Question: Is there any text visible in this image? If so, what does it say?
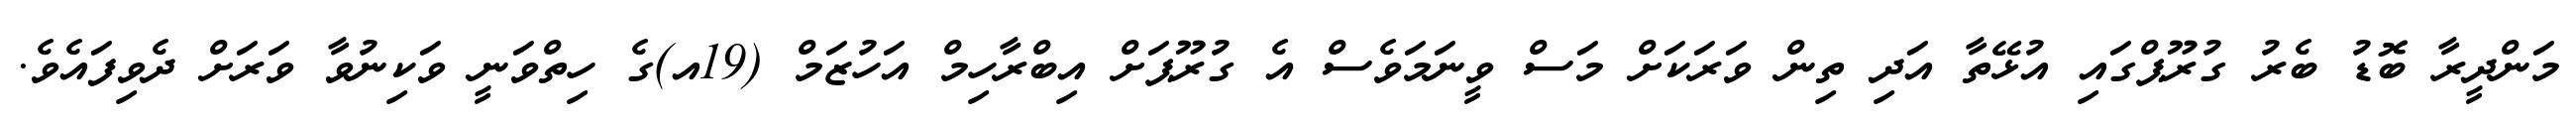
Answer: މަންދީރާ ބޮޑު ބެރު ގުރޫޕްގައި އުޅޭތާ އަދި ތިން ވަރަކަށް މަސް ވީނަމަވެސް އެ ގުރޫޕަށް އިބްރާހިމް އަހުޒަމް (19އ)ގެ ހިތްވަނީ ވަކިނުވާ ވަރަށް ދެވިފައެވެ.